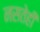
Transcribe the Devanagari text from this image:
नसतेही